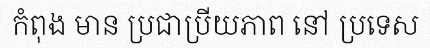
កំពុង មាន ប្រជាប្រីយភាព នៅ ប្រទេស